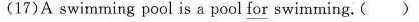
(17)A swimming pool is a pool for swimming.( )